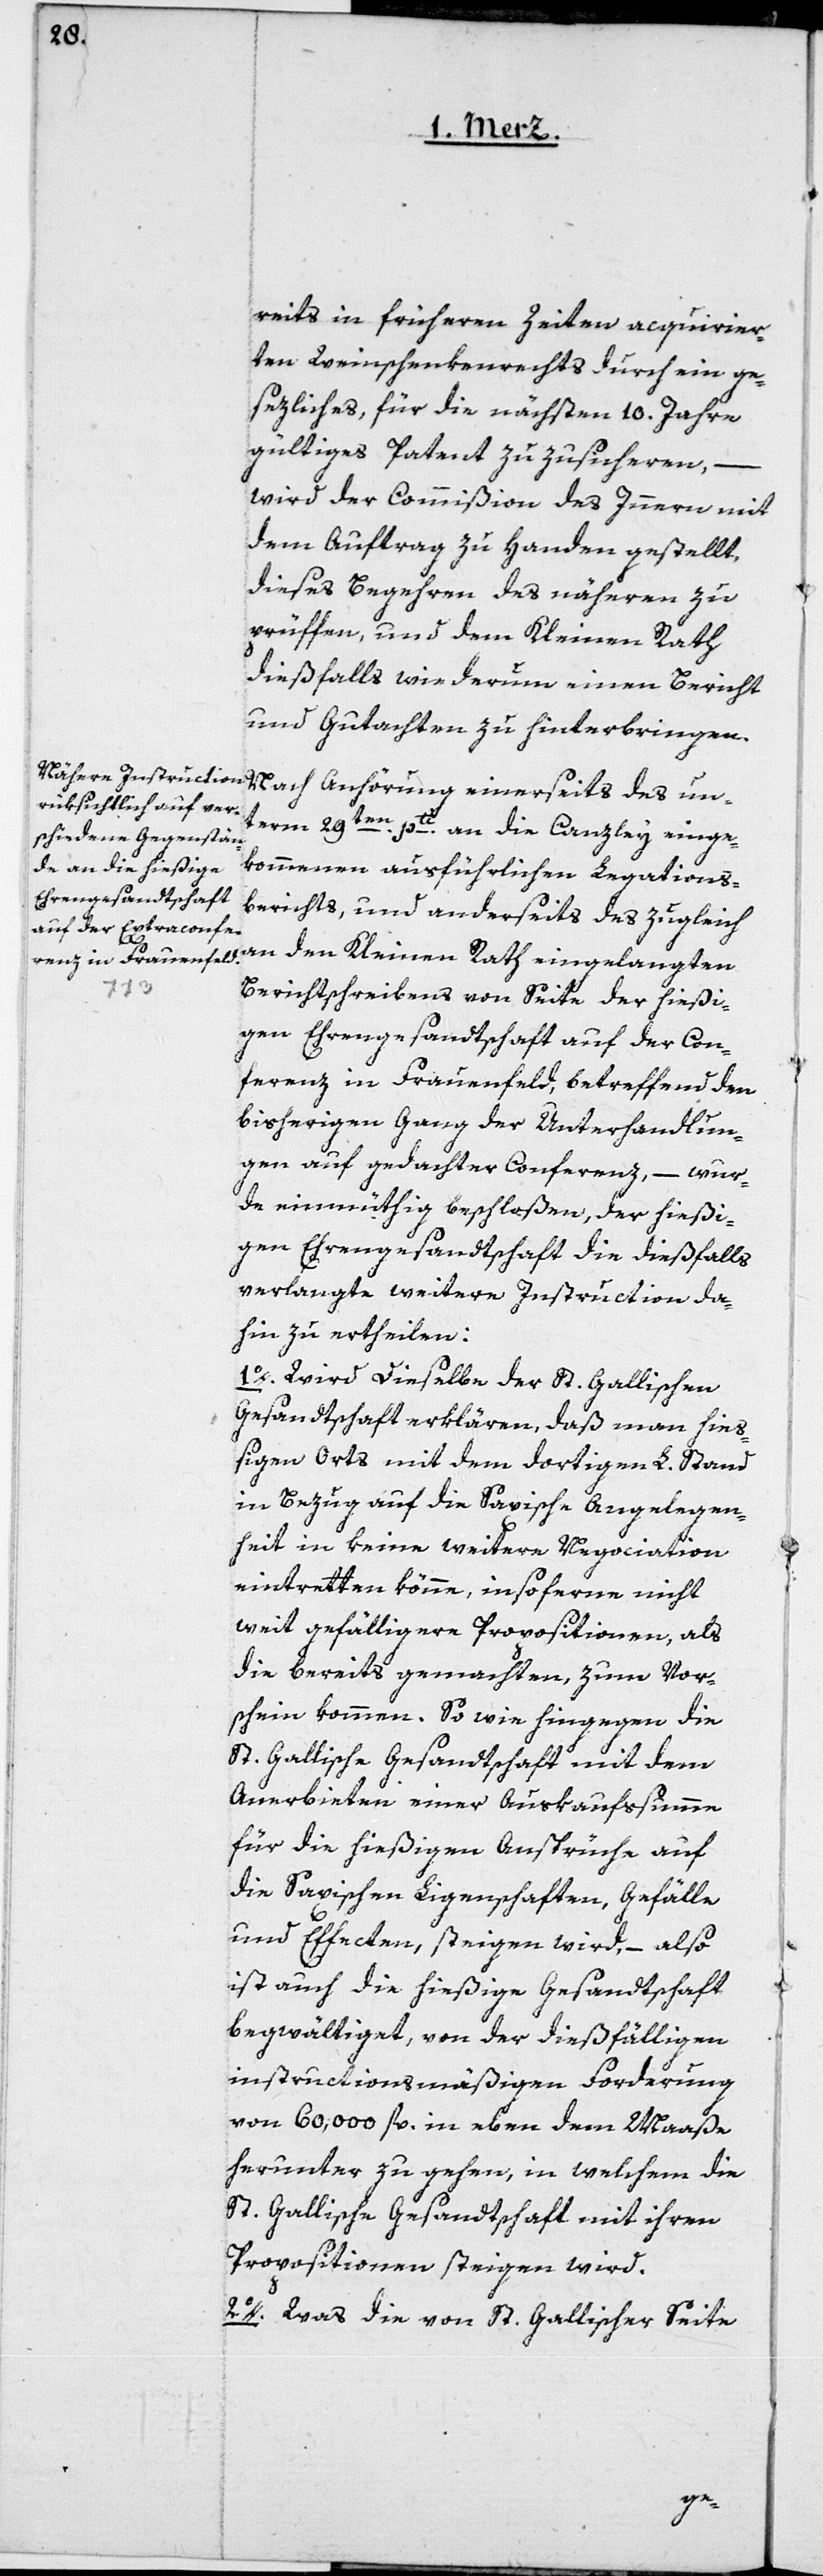
reits in frühern Zeiten acquirier¬
ten Weinschenkenrechts durch ein ge¬
setzliches, für die nächsten 10. Jahre
gültiges Patent zu zusicheren, –
wird der Commißion des Innern mit
dem Auftrag zu Handen gestellt,
dieses Begehren des näheren zu
prüffen, und dem Kleinen Rath
dießfalls wiederum einen Bericht
und Gutachten zu hinterbringen.
Nach Anhörung einerseits des un¬
term 29ten pti an die Canzley einge¬
kommenen ausführlichen Legations¬
berichts, und anderseits des zugleich
an den Kleinen Rath eingelangten
Berichtschreibens von Seite der hießi¬
gen Ehrengesandtschaft auf der Con¬
ferenz in Frauenfeld, betreffend den
bisherigen Gang der Unterhandlun¬
gen auf gedachter Conferenz, – wur¬
de einmüthig beschloßen, der hießi¬
gen Ehrengesandtschaft die dießfalls
verlangte weitere Instruction da¬
hin zu ertheilen:
1o. Wird dieselbe der St. Gallischen
Gesandtschaft erklären, daß man hieß¬
igen Orts mit dem dortigen L. Stand
in Bezug auf die Saxische Angelegen¬
heit in keine weitere Negociation
eintretten könne, insoferne nicht
weit gefälligere Propositionen, als
die bereits gemachten, zum Vor¬
schein kommen. So wie hingegen die
St. Gallische Gesandtschaft mit dem
Anerbieten einer Auskaufssumme
für die hießigen Ansprüche auf
die Saxischen Ligenschaften, Gefälle
und Effecten, steigen wird, – also
ist auch die hießige Gesandtschaft
begwältiget, von der dießfälligen
instructionsmäßigen Forderung
von 60,000 fl. in eben dem Maaße
herunter zu gehen, in welchem die
St. Gallische Gesandtschaft mit ihren
Propositionen steigen wird.
2o. Was die von St. Gallischer Seite